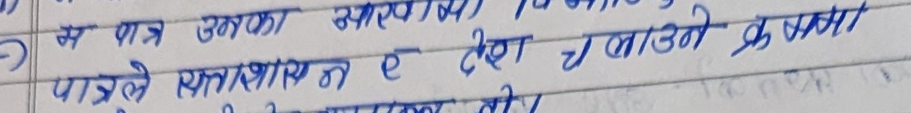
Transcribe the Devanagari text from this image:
स पत्र उनका आरम्भ
पाडले सताशयत ए तेश च लाउनो कृश्णा